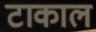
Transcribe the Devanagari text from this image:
टाकाल